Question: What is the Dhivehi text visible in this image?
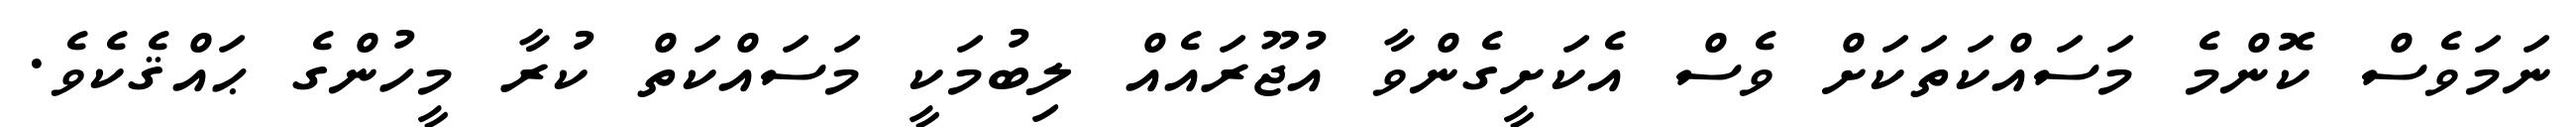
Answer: ނަމަވެސް ކޮންމެ މަސައްކަތަކަށް ވެސް އެކަށީގެންވާ އުޖޫރައެއް ލިބުމަކީ މަސައްކަތް ކުރާ މީހުންގެ ޙައްޤެކެވެ.